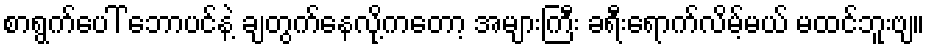
စာရွက်ပေါ် ဘောပင်နဲ့ ချတွက်နေလို့ကတော့ အများကြီး ခရီးရောက်လိမ့်မယ် မထင်ဘူးဗျ။